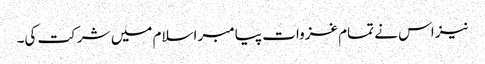
نیز اس نے تمام غزوات پیامبر اسلام میں شرکت کی۔